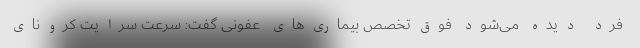
فرد دیده می‌شود فوق‌تخصص بیماری‌های عفونی گفت: سرعت سرایت کرونای